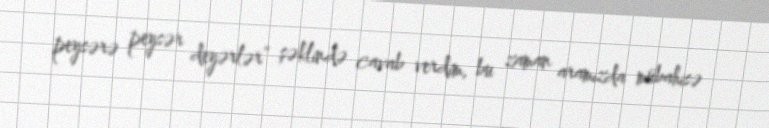
peysərə peysər deyərlər” şəklində cavab verdim, bu zaman aramızda mübahisə